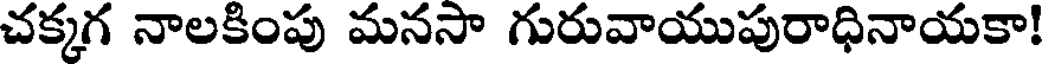
చక్కగ నాలకింపు మనసా గురువాయుపురాధినాయకా!